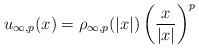
LaTeX: \begin{align*}u_{\infty,p}(x)=\rho_{\infty,p}(|x|)\left(\dfrac{x}{|x|}\right)^p\end{align*}